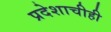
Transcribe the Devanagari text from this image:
प्रदेशाचीही